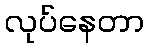
လုပ်နေတာ